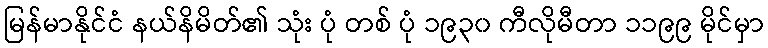
မြန်မာနိုင်ငံ နယ်နိမိတ်၏ သုံး ပုံ တစ် ပုံ ၁၉၃၀ ကီလိုမီတာ ၁၁၉၉ မိုင်မှာ